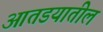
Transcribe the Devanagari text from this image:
आतडयातील